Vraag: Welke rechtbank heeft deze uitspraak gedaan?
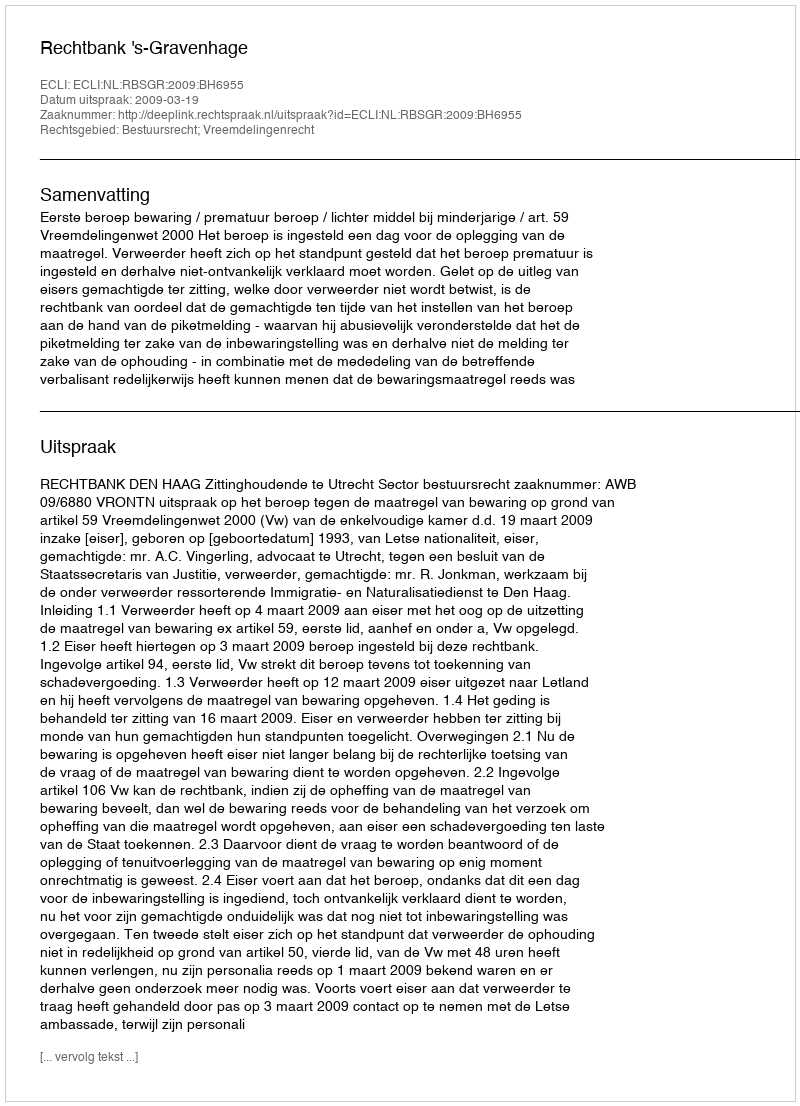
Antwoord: Rechtbank 's-Gravenhage